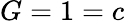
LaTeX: G=1=c